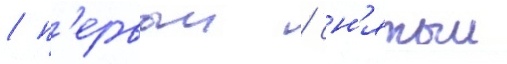
/ п'ервыи / сн'ятыи